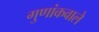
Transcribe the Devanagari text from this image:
गुणांकवाले